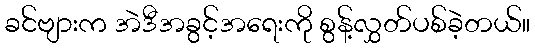
ခင်ဗျားက အဲဒီအခွင့်အရေးကို စွန့်လွှတ်ပစ်ခဲ့တယ်။